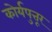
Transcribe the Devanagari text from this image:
कोर्यपुत्तूर